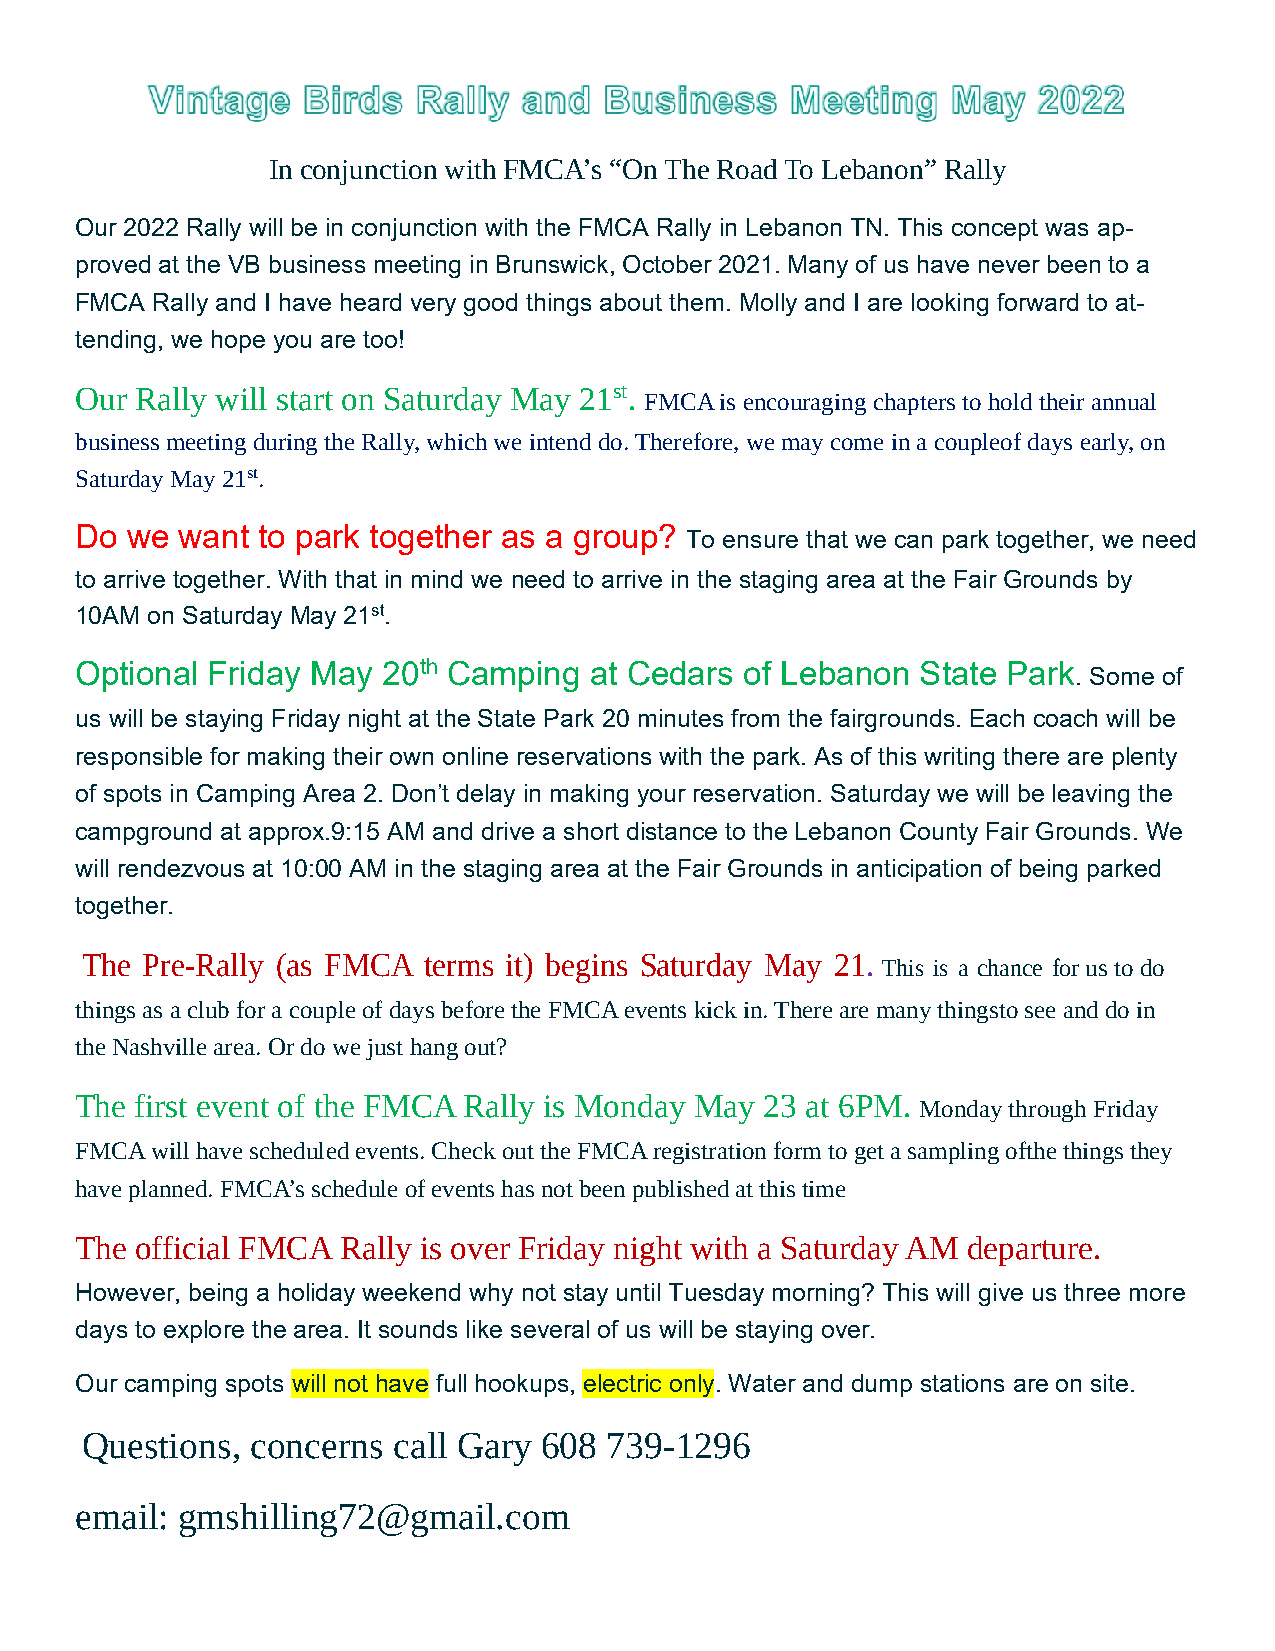
In conjunction with FMCA’s “On The Road To Lebanon” Rally
 Our 2022 Rally will be in conjunction with the FMCA Rally in Lebanon TN. This concept was ap-
 proved at the VB business meeting in Brunswick, October 2021. Many of us have never been to a
 FMCA Rally and I have heard very good things about them. Molly and I are looking forward to at-
 tending, we hope you are too!
 Our Rally will start on Saturday May 21st. FMCA is encouraging chapters to hold their annual
 business meeting during the Rally, which we intend do. Therefore, we may come in a couple of days early, on
 Saturday May 21st.
 Do we  want to park together as a group? To ensure that we can park together, we need
 to arrive together. With that in mind we need to arrive in the staging area at the Fair Grounds by
 10AM on Saturday May 21st.
 Optional Friday May 20th Camping  at Cedars of Lebanon  State Park. Some of
 us will be staying Friday night at the State Park 20 minutes from the fairgrounds. Each coach will be
 responsible for making their own online reservations with the park. As of this writing there are plenty
 of spots in Camping Area 2. Don’t delay in making your reservation. Saturday we will be leaving the
 campground at approx.9:15 AM and drive a short distance to the Lebanon County Fair Grounds. We
 will rendezvous at 10:00 AM in the staging area at the Fair Grounds in anticipation of being parked
 together.
 The Pre-Rally (as FMCA terms it) begins Saturday May 21. This is a chance for us to do
 things as a club for a couple of days before the FMCA events kick in. There are many things to see and do in
 the Nashville area. Or do we just hang out?
 The first event of the FMCA Rally is Monday May 23 at 6PM. Monday through Friday
 FMCA will have scheduled events. Check out the FMCA registration form to get a sampling of the things they
 have planned. FMCA’s schedule of events has not been published at this time
 The official FMCA Rally is over Friday night with a Saturday AM departure.
 However, being a holiday weekend why not stay until Tuesday morning? This will give us three more
 days to explore the area. It sounds like several of us will be staying over.
 Our camping spots will not have full hookups, electric only. Water and dump stations are on site.
 Questions,  concerns call Gary 608 739-1296
 email: gmshilling72@gmail.com